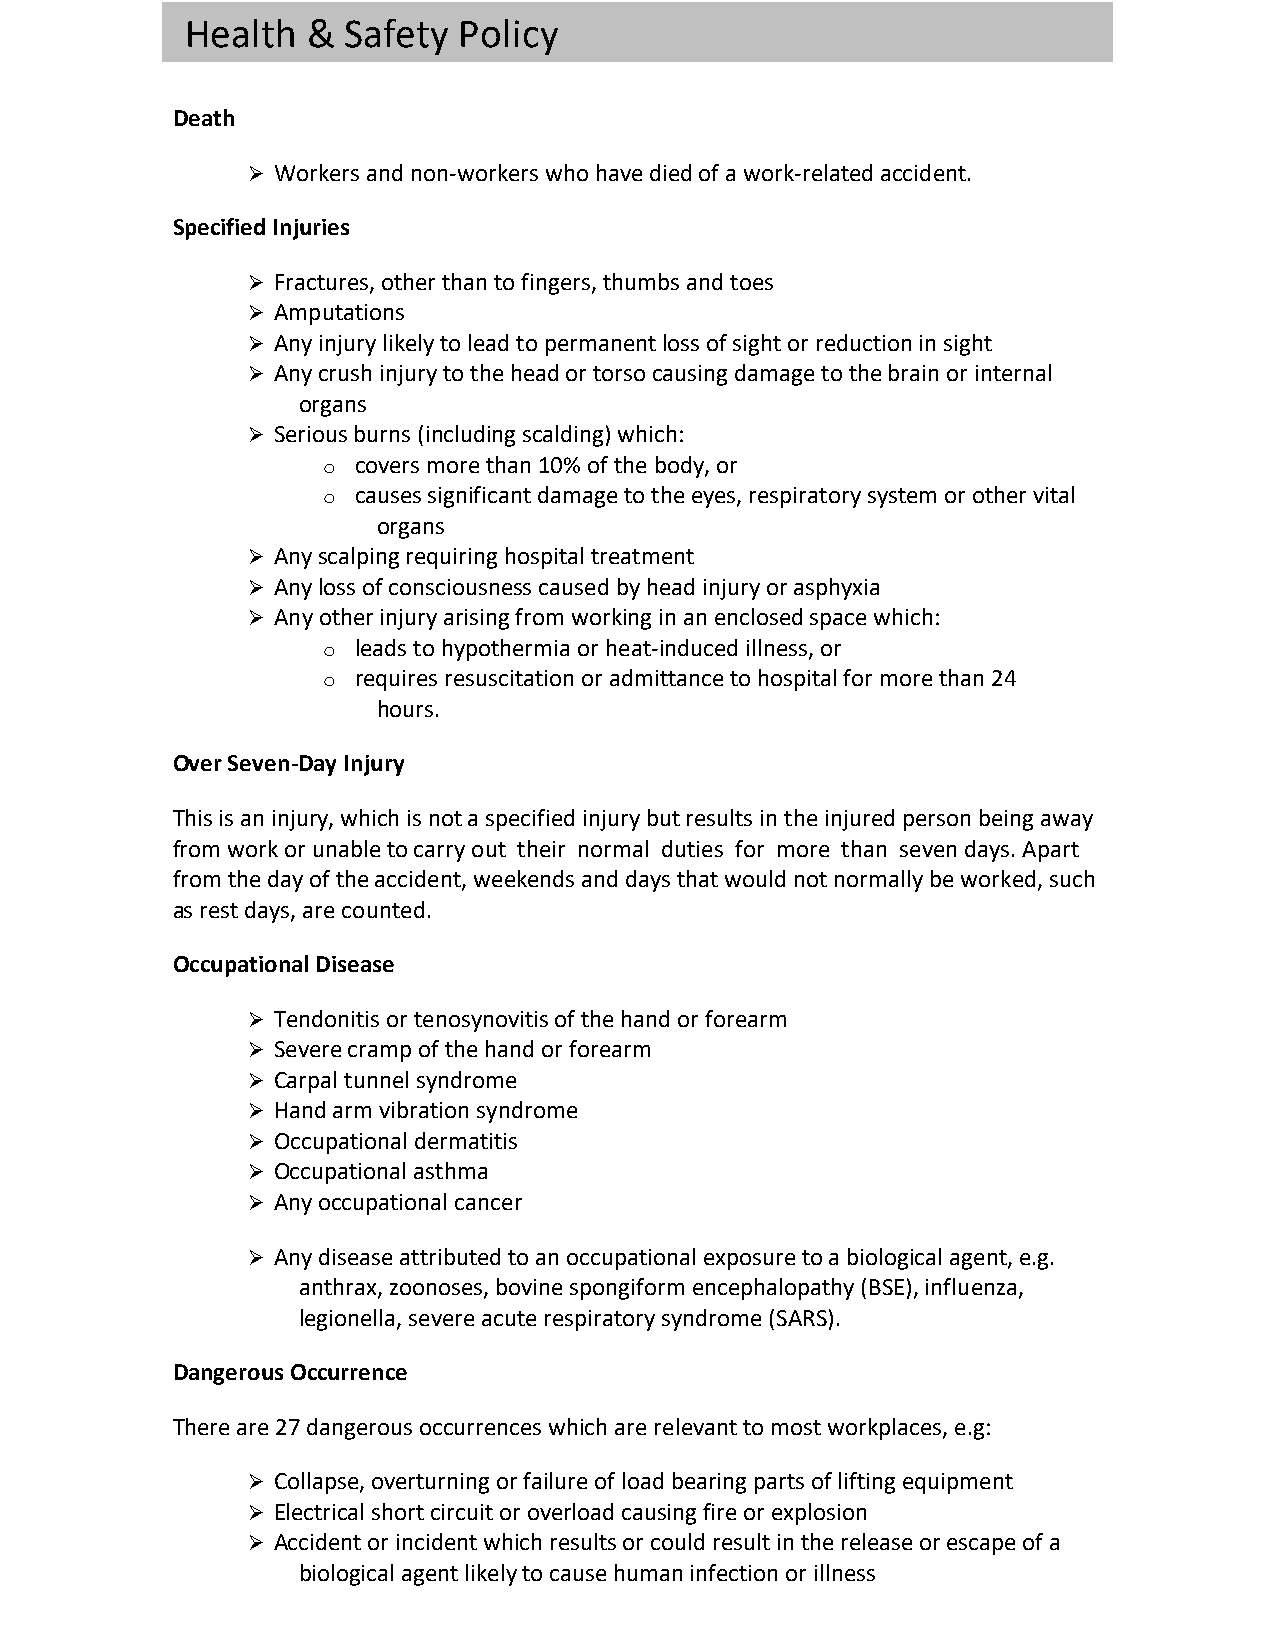
Health  &  Safety Policy
 Death
 Ø Workers and non-workers who have died of a work-related accident.
 Specified Injuries
 Ø Fractures, other than to fingers, thumbs and toes
 Ø Amputations
 Ø Any injury likely to lead to permanent loss of sight or reduction in sight
 Ø Any crush injury to the head or torso causing damage to the brain or internal
 organs
 Ø Serious burns (including scalding) which:
 o covers more than 10% of the body, or
 o causes significant damage to the eyes, respiratory system or other vital
 organs
 Ø Any scalping requiring hospital treatment
 Ø Any loss of consciousness caused by head injury or asphyxia
 Ø Any other injury arising from working in an enclosed space which:
 o leads to hypothermia or heat-induced illness, or
 o requires resuscitation or admittance to hospital for more than 24
 hours.
 Over Seven-Day Injury
 This is an injury, which is not a specified injury but results in the injured person being away
 from work or unable to carry out their normal duties for more than seven days. Apart
 from the day of the accident, weekends and days that would not normally be worked, such
 as rest days, are counted.
 Occupational Disease
 Ø Tendonitis or tenosynovitis of the hand or forearm
 Ø Severe cramp of the hand or forearm
 Ø Carpal tunnel syndrome
 Ø Hand arm vibration syndrome
 Ø Occupational dermatitis
 Ø Occupational asthma
 Ø Any occupational cancer
 Ø Any disease attributed to an occupational exposure to a biological agent, e.g.
 anthrax, zoonoses, bovine spongiform encephalopathy (BSE), influenza,
 legionella, severe acute respiratory syndrome (SARS).
 Dangerous Occurrence
 There are 27 dangerous occurrences which are relevant to most workplaces, e.g:
 Ø Collapse, overturning or failure of load bearing parts of lifting equipment
 Ø Electrical short circuit or overload causing fire or explosion
 Ø Accident or incident which results or could result in the release or escape of a
 biological agent likely to cause human infection or illness